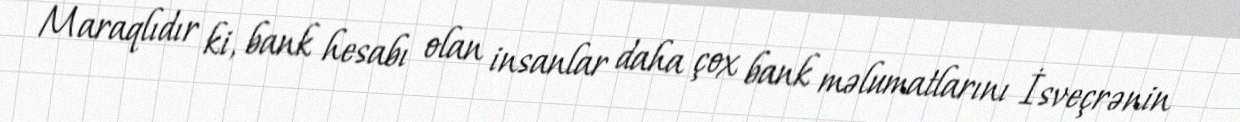
Maraqlıdır ki, bank hesabı olan insanlar daha çox bank məlumatlarını İsveçrənin